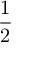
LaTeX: \displaystyle { \frac { 1 } { 2 } }